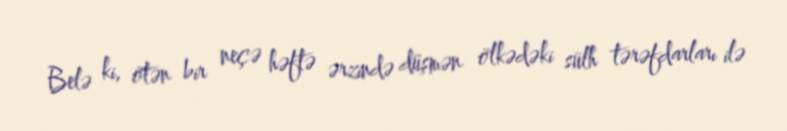
Belə ki, ötən bir neçə həftə ərzində düşmən ölkədəki sülh tərəfdarları ilə